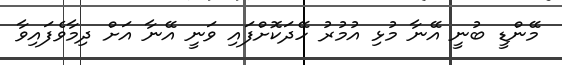
މޭންޑީ ބުނީ އޭނާ މުޅި އުމުރު ހޭދަކޮށްފައި ވަނީ އޭނާ އަށް ދިމާވެފައިވާ